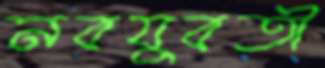
নবযুবতী